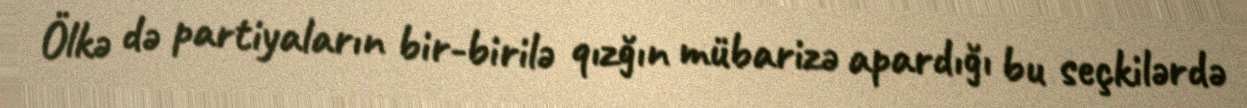
Ölkə də partiyaların bir-birilə qızğın mübarizə apardığı bu seçkilərdə